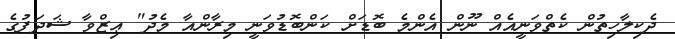
ދެކިލާހިތުން ކެތްވަނީއެއް ނޫން އެންމެ ބޮޑަށް ކަންބޮޑުވަނީ މިރާންއާ މެދު" ޢިޒްވާ ޝަދަފުގެ